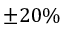
\pm 2 0 \%